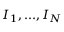
I _ { 1 } , . . . , I _ { N }